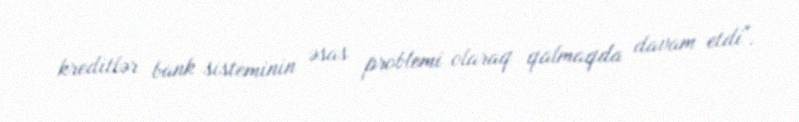
kreditlər bank sisteminin əsas problemi olaraq qalmaqda davam etdi".